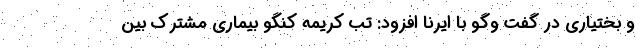
و بختیاری در گفت وگو با ایرنا افزود: تب کریمه کنگو بیماری مشترک بین